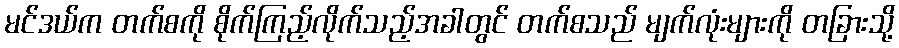
မင်ဒယ်က တက်စကို စိုက်ကြည့်လိုက်သည့်အခါတွင် တက်စသည် မျက်လုံးများကို တခြားသို့